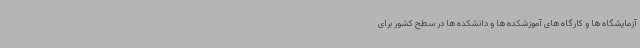
آزمایشگاه ها و کارگاه های آموزشکده ها و دانشکده ها در سطح کشور برای